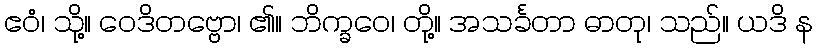
ဧဝံ၊ သို့။ ဝေဒိတဗ္ဗော၊ ၏။ ဘိက္ခဝေ၊ တို့။ အသင်္ခတာ ဓာတု၊ သည်။ ယဒိ န